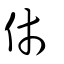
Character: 伂